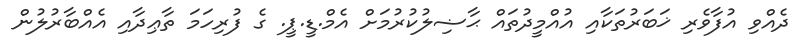
ދެއްވި އުފާވެރި ޚަބަރުތަކާއި އުއްމީދުތައް ޙާޟިލުކުރުމަށް އެމް.ޑީ.ޕީ. ގެ ފުރިހަމަ ތާޢިދާއި އެއްބާރުލުން